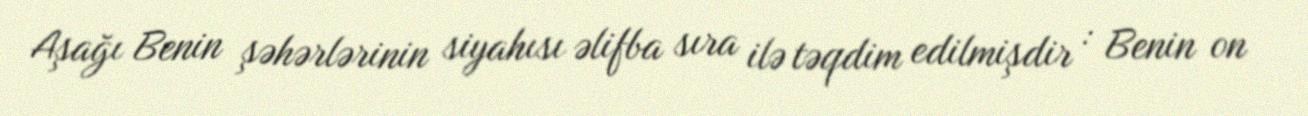
Aşağı Benin şəhərlərinin siyahısı əlifba sıra ilə təqdim edilmişdir : Benin on